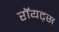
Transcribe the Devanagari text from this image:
रॉयट्स